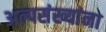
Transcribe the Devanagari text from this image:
अल्पसंख्यांना